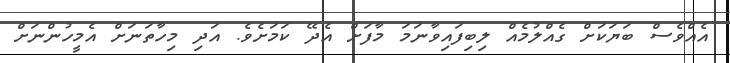
އެއްވެސް ބަޔަކަށް ގެއްލުމެއް ލިބިފައިވާނަމަ މާފަށް އެދޭ ކަމަށެވެ. އަދި މިހާތަނަށް އެމީހުންނަށް